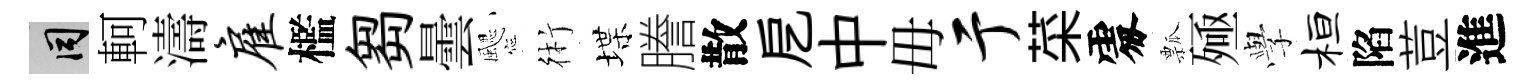
间軻濤雇檻芻曇颸術堞謄散戹中毋亍菜𠁅瓢殛𫝯桓陷荳進